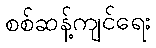
စစ်ဆန့်ကျင်ရေး